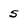
Character: 5